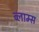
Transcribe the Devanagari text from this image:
व्लाम्स